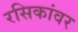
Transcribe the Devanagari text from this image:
रसिकांवर